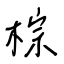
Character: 棕